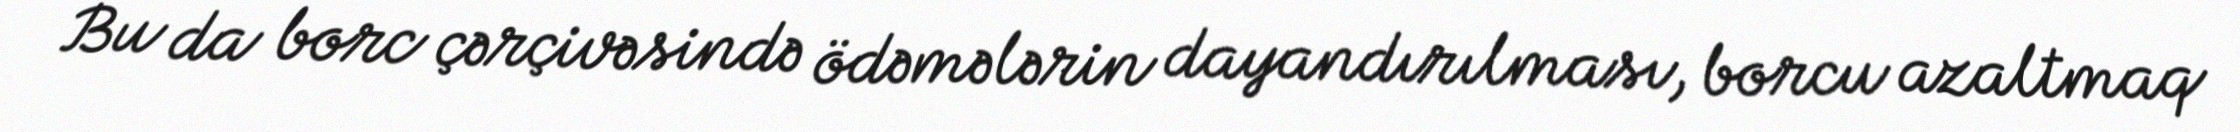
Bu da borc çərçivəsində ödəmələrin dayandırılması, borcu azaltmaq